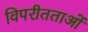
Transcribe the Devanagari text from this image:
विपरीतताओं